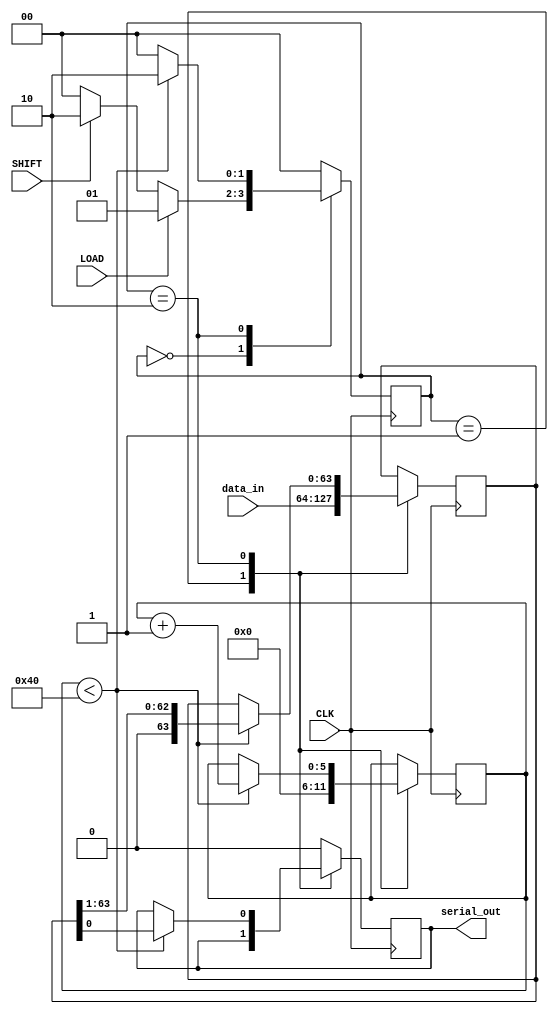
module PISO_Register (
    input wire [63:0] data_in,  // 64-bit parallel input data
    input wire LOAD,             // Load control signal
    input wire SHIFT,            // Shift control signal
    input wire CLK,              // Clock signal
    output reg serial_out        // Serial output
);

    reg [63:0] shift_reg;        // 64-bit shift register
    reg [5:0] bit_count;         // Bit counter for shifting

    // State management
    localparam IDLE = 2'b00;
    localparam LOAD_STATE = 2'b01;
    localparam SHIFT_STATE = 2'b10;
    reg [1:0] state, next_state;

    // Sequential logic for state transitions
    always @(posedge CLK) begin
        state <= next_state;
    end

    // Combinational logic for next state and output
    always @(*) begin
        case (state)
            IDLE: begin
                if (LOAD) begin
                    next_state = LOAD_STATE;
                end else if (SHIFT) begin
                    next_state = SHIFT_STATE;
                end else begin
                    next_state = IDLE;
                end
            end
            
            LOAD_STATE: begin
                next_state = IDLE; // Go back to IDLE after loading
            end
            
            SHIFT_STATE: begin
                if (bit_count < 64) begin
                    next_state = SHIFT_STATE; // Continue shifting
                end else begin
                    next_state = IDLE; // Go back to IDLE after shifting
                end
            end
            
            default: next_state = IDLE;
        endcase
    end

    // Sequential logic for loading data and shifting
    always @(posedge CLK) begin
        case (state)
            LOAD_STATE: begin
                shift_reg <= data_in; // Load data into shift register
                bit_count <= 0; // Reset bit counter
            end
            
            SHIFT_STATE: begin
                if (bit_count < 64) begin
                    serial_out <= shift_reg[0]; // Output LSB
                    shift_reg <= shift_reg >> 1; // Shift right
                    bit_count <= bit_count + 1; // Increment bit counter
                end
            end
            
            default: begin
                serial_out <= 1'b0; // Default output
            end
        endcase
    end

endmodule